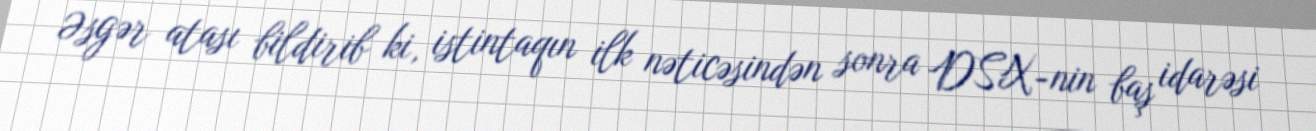
Əsgər atası bildirib ki, istintaqın ilk nəticəsindən sonra DSX-nin baş idarəsi